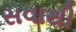
સવાથી